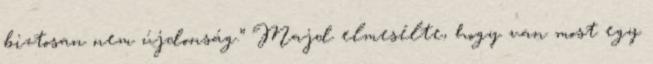
biztosan nem újdonság.” Majd elmesélte, hogy van most egy